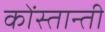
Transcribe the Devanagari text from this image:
कोंस्तान्ती